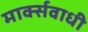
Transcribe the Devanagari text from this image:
मार्क्सवाधी